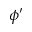
\phi ^ { \prime }